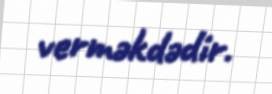
verməkdədir.